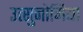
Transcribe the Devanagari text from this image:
उत्सुनोमिया